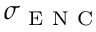
\sigma _ { \mathrm { ~ E ~ N ~ C ~ } }